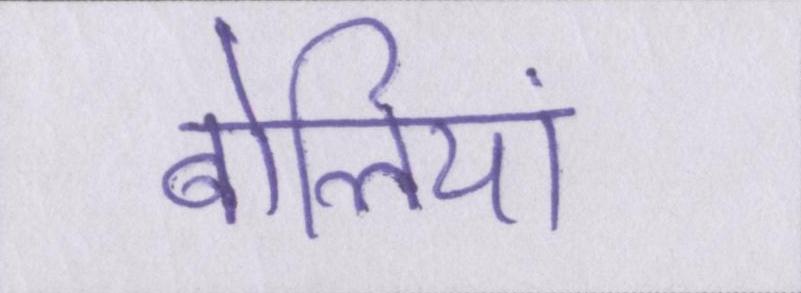
बोलियां